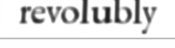
revolubly